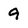
Character: 9